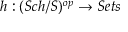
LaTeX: h : ( S c h / S ) ^ { o p } \to S e t s